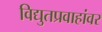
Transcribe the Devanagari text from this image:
विद्युतप्रवाहांवर